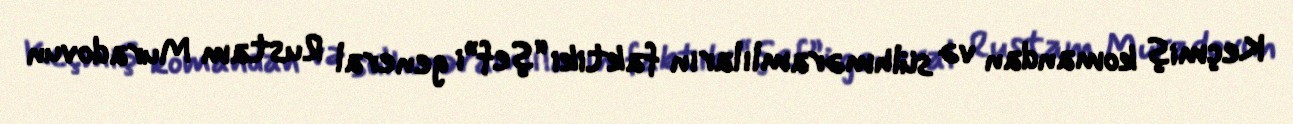
Keçmiş komandan və sülhməramlıların faktiki “şef”i general Rustam Muradovun